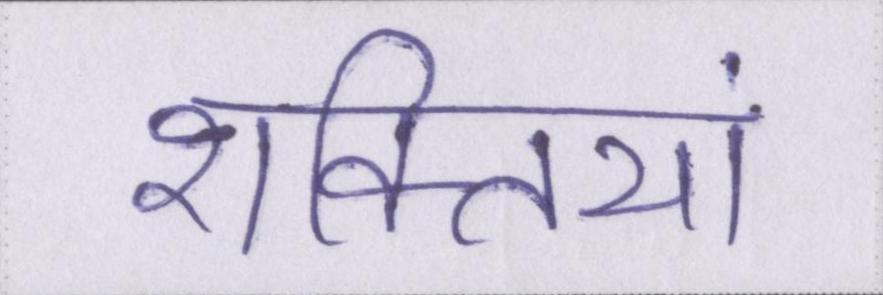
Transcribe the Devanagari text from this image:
शक्तियां